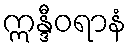
ဣန္ဒီဝရာနံ